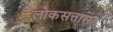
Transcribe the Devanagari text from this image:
लोकसत्तासह